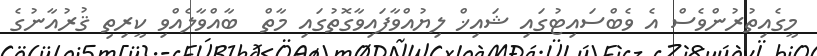
މީގެއިތުރުންވެސް އެ ވެބްސައިޓުގައި ޝައިޚް ލިޔުއްވާފައިވާގޮތުގައި މާތް  ބާއްވާލެއްވި ކީރިތި ޤުރުއާނުގެ